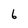
Character: 6